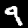
Digit: 9